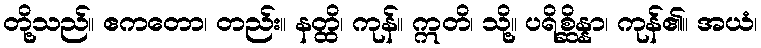
တို့သည်။ ဧကတော၊ တည်း။ နတ္ထိ၊ ကုန်။ ဣတိ၊ သို့။ ပရိစ္ဆိန္နာ၊ ကုန်၏။ အယံ၊